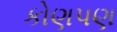
કોણપણ